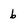
Character: b